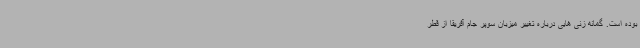
بوده است. گمانه زنی هایی درباره تغییر میزبان سوپر جام آفریقا از قطر